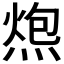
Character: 𰟂